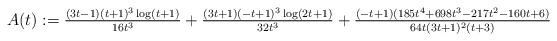
LaTeX: \begin{align*}A(t) := \tfrac{(3t-1)(t+1)^3\log(t+1)}{16t^3} + \tfrac{(3t+1)(-t+1)^3\log(2t+1)}{32t^3} + \tfrac{(-t+1)(185t^4+698t^3-217t^2-160t+6)}{64t(3t+1)^2(t+3)}\end{align*}